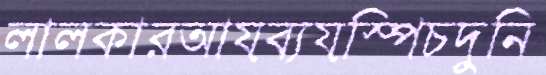
লালকারআয়ব্যয়স্পিচদুনি